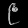
Digit: ၉